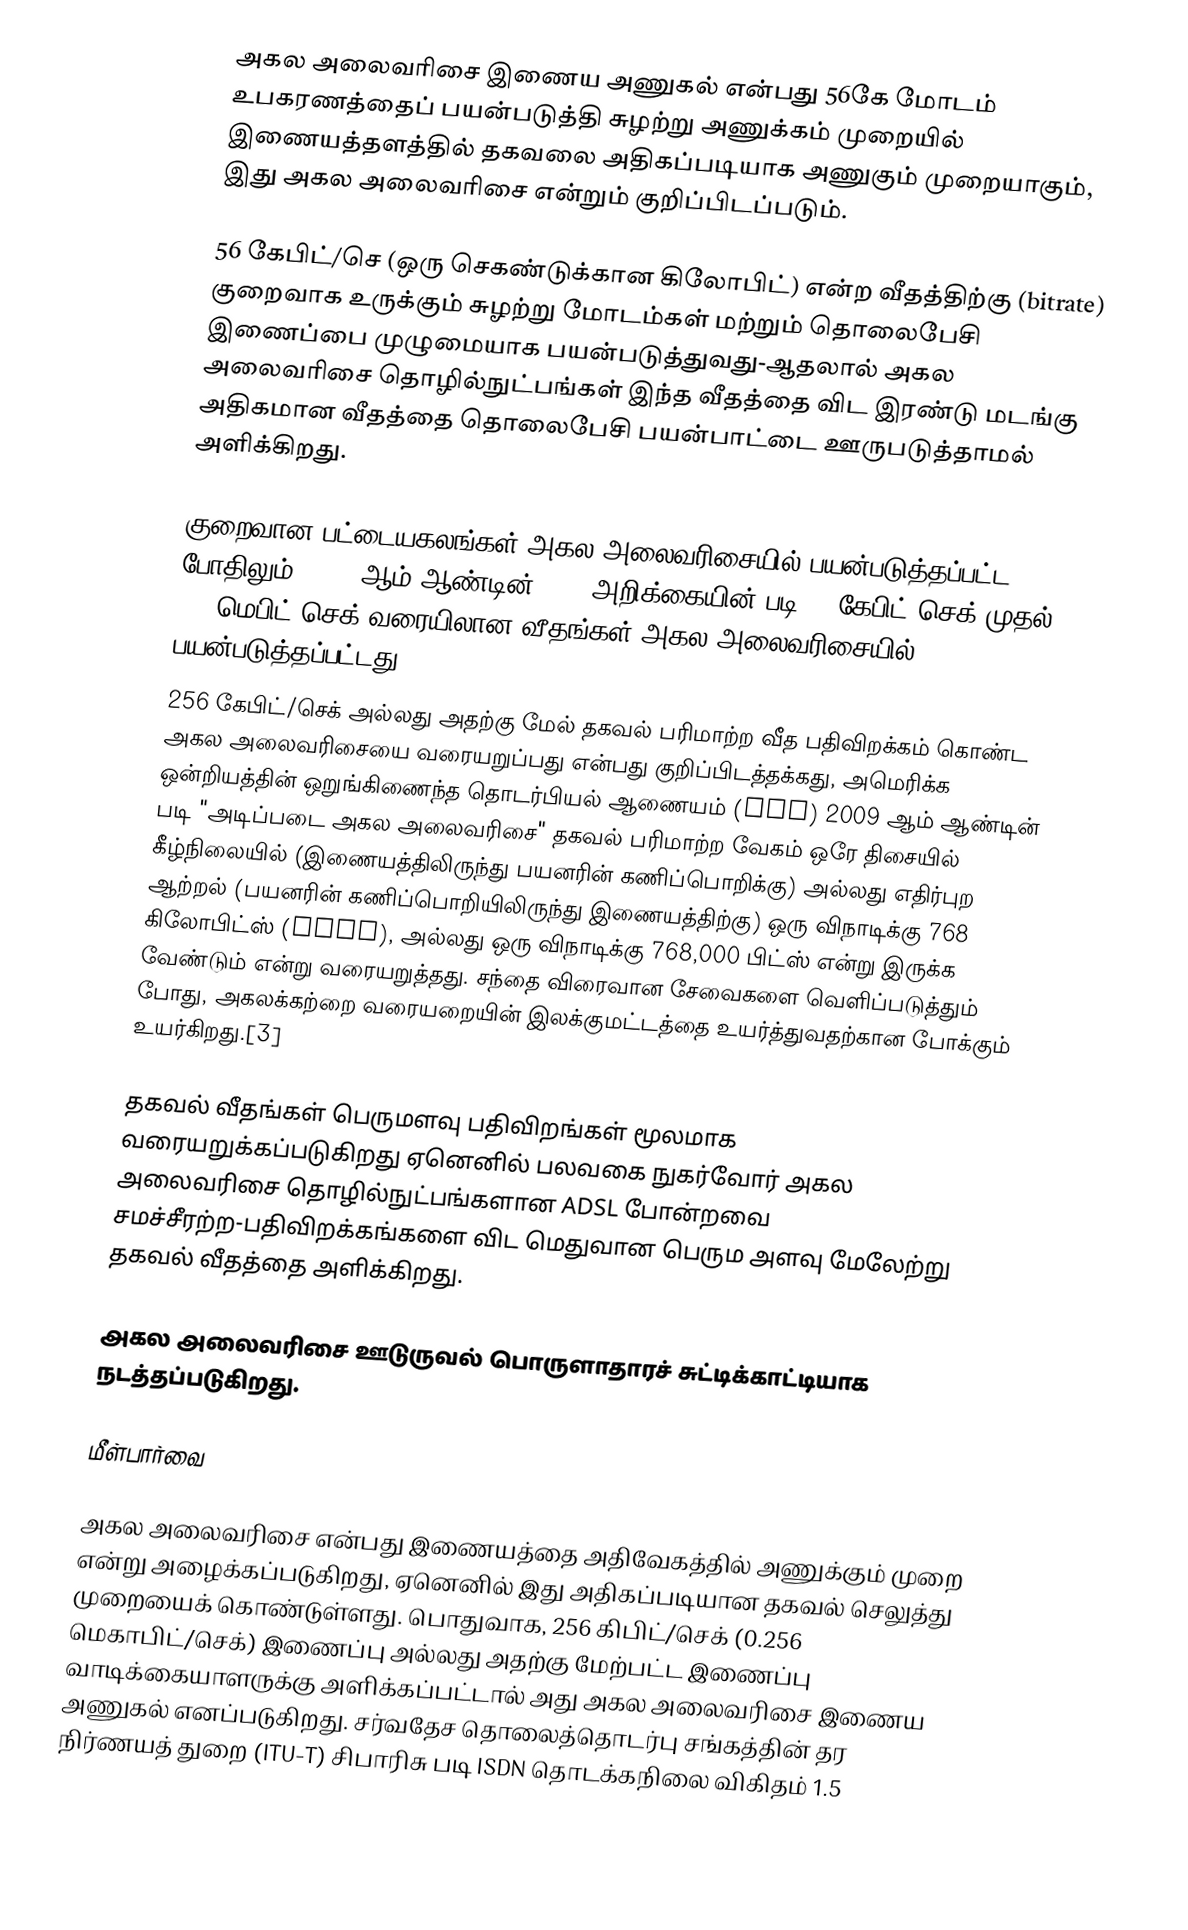
அகல அலைவரிசை இணைய அணுகல்  என்பது 56கே மோடம் உபகரணத்தைப் பயன்படுத்தி சுழற்று அணுக்கம் முறையில் இணையத்தளத்தில் தகவலை அதிகப்படியாக அணுகும் முறையாகும், இது அகல அலைவரிசை  என்றும் குறிப்பிடப்படும்.

56 கேபிட்/செ (ஒரு செகண்டுக்கான கிலோபிட்) என்ற வீதத்திற்கு (bitrate) குறைவாக உருக்கும் சுழற்று மோடம்கள் மற்றும் தொலைபேசி இணைப்பை முழுமையாக பயன்படுத்துவது-ஆதலால் அகல அலைவரிசை தொழில்நுட்பங்கள் இந்த வீதத்தை விட இரண்டு மடங்கு அதிகமான வீதத்தை தொலைபேசி பயன்பாட்டை ஊருபடுத்தாமல் அளிக்கிறது.

குறைவான பட்டையகலங்கள் அகல அலைவரிசையில் பயன்படுத்தப்பட்ட போதிலும், 2006 ஆம் ஆண்டின் OECD அறிக்கையின் படி 64 கேபிட்/செக் முதல் 2.0 மெபிட்/செக் வரையிலான வீதங்கள் அகல அலைவரிசையில் பயன்படுத்தப்பட்டது.
256 கேபிட்/செக் அல்லது அதற்கு மேல் தகவல் பரிமாற்ற வீத பதிவிறக்கம் கொண்ட அகல அலைவரிசையை வரையறுப்பது என்பது குறிப்பிடத்தக்கது, அமெரிக்க ஒன்றியத்தின் ஒறுங்கிணைந்த தொடர்பியல் ஆணையம் (FCC) 2009 ஆம் ஆண்டின் படி "அடிப்படை அகல அலைவரிசை" தகவல் பரிமாற்ற வேகம் ஒரே திசையில் கீழ்நிலையில் (இணையத்திலிருந்து பயனரின் கணிப்பொறிக்கு) அல்லது எதிர்புற ஆற்றல் (பயனரின் கணிப்பொறியிலிருந்து இணையத்திற்கு) ஒரு விநாடிக்கு 768 கிலோபிட்ஸ் (Kbps), அல்லது ஒரு விநாடிக்கு 768,000 பிட்ஸ் என்று இருக்க வேண்டும் என்று வரையறுத்தது. சந்தை விரைவான சேவைகளை வெளிப்படுத்தும் போது, அகலக்கற்றை வரையறையின் இலக்குமட்டத்தை உயர்த்துவதற்கான போக்கும் உயர்கிறது.[3]

தகவல் வீதங்கள் பெருமளவு பதிவிறங்கள்  மூலமாக வரையறுக்கப்படுகிறது ஏனெனில் பலவகை நுகர்வோர் அகல அலைவரிசை தொழில்நுட்பங்களான ADSL போன்றவை சமச்சீரற்ற-பதிவிறக்கங்களை விட மெதுவான பெரும அளவு மேலேற்று தகவல் வீதத்தை அளிக்கிறது.

அகல அலைவரிசை ஊடுருவல் பொருளாதாரச் சுட்டிக்காட்டியாக நடத்தப்படுகிறது.

மீள்பார்வை

அகல அலைவரிசை என்பது இணையத்தை அதிவேகத்தில்  அணுக்கும் முறை என்று அழைக்கப்படுகிறது, ஏனெனில் இது அதிகப்படியான தகவல் செலுத்து முறையைக் கொண்டுள்ளது. பொதுவாக, 256 கிபிட்/செக் (0.256 மெகாபிட்/செக்) இணைப்பு அல்லது அதற்கு மேற்பட்ட இணைப்பு வாடிக்கையாளருக்கு அளிக்கப்பட்டால் அது அகல அலைவரிசை இணைய அணுகல்  எனப்படுகிறது. சர்வதேச தொலைத்தொடர்பு சங்கத்தின் தர நிர்ணயத் துறை (ITU-T) சிபாரிசு படி ISDN தொடக்கநிலை விகிதம் 1.5